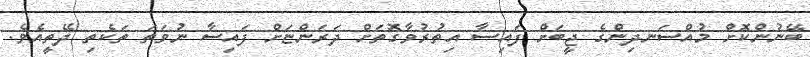
ބޭނުންކޮށް މުއްސަނދިންގެ ޖީބަށް ފައިސާ އިތުރުވާގޮތަށް ދަރަންޏަށް ފައިސާ ނުވަތަ ތަކެތި ދޭތީއެވެ.